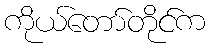
ကိုယ်တော်တိုင်က